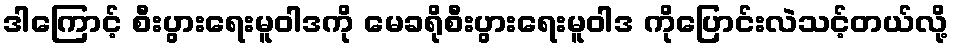
ဒါကြောင့် စီးပွားရေးမူဝါဒကို မေခရိုစီးပွားရေးမူဝါဒ ကိုပြောင်းလဲသင့်တယ်လို့